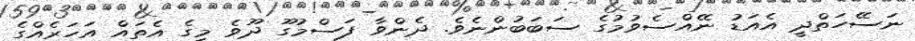
ނަސޭހަތްދީ އެއަޑު ނޭއްސެވުމުގެ ސަބަބުންނެވެ. ދެންވާ ފަސްމުގޫ ދޫވެ މީގެ އެތައް އަހަރެއްގެ